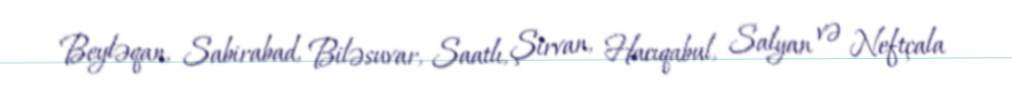
Beyləqan, Sabirabad, Biləsuvar, Saatlı, Şirvan, Hacıqabul, Salyan və Neftçala